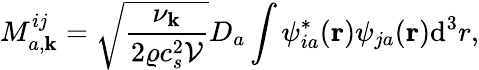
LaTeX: M_{a,\mathbf{k}}^{ij}=\sqrt{\frac{\nu_{\mathbf{k}}}{2\varrho c_{s}^{2}\mathcal{V}}}D_{a}\int\psi_{ia}^{\ast}(\mathbf{r})\psi_{ja}(\mathbf{r})\mathrm{d^{3}}r,